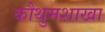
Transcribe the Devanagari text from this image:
कौथुमशाखा